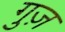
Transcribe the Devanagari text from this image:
गुज़